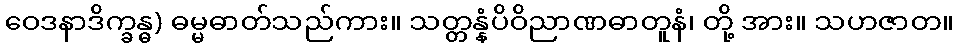
ဝေဒနာဒိက္ခန္ဓ) ဓမ္မဓာတ်သည်ကား။ သတ္တန္နံပိဝိညာဏဓာတူနံ၊ တို့ အား။ သဟဇာတ။